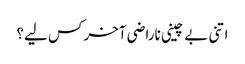
اتنی بے چینی ناراضی آخر کس لیے؟